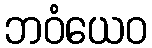
ဘဝံယေဝ